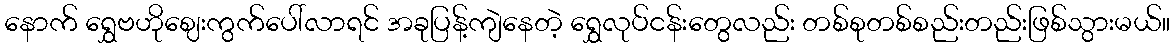
နောက် ရွှေဗဟိုဈေးကွက်ပေါ်လာရင် အခုပြန့်ကျဲနေတဲ့ ရွှေလုပ်ငန်းတွေလည်း တစ်စုတစ်စည်းတည်းဖြစ်သွားမယ်။